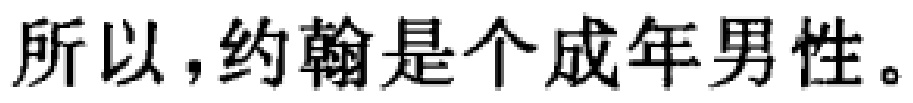
所以，约翰是个成年男性。